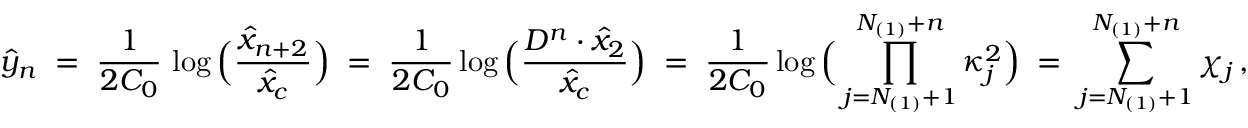
\widehat { y } _ { n } \; = \; \frac { 1 } { 2 C _ { 0 } } \, \log \Big ( \frac { \widehat { x } _ { n + 2 } } { \widehat { x } _ { c } } \Big ) \; = \; \frac { 1 } { 2 C _ { 0 } } \log \Big ( \frac { D ^ { n } \cdot \widehat { x } _ { 2 } } { \widehat { x } _ { c } } \Big ) \; = \; \frac { 1 } { 2 C _ { 0 } } \log \Big ( \prod _ { j = N _ { ( 1 ) } + 1 } ^ { N _ { ( 1 ) } + n } \kappa _ { j } ^ { 2 } \Big ) \; = \; \sum _ { j = N _ { ( 1 ) } + 1 } ^ { N _ { ( 1 ) } + n } \chi _ { j } \, ,